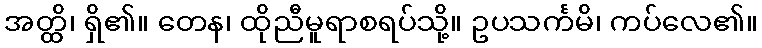
အတ္ထိ၊ ရှိ၏။ တေန၊ ထိုညီမူရာစရပ်သို့။ ဥပသင်္ကမိ၊ ကပ်လေ၏။